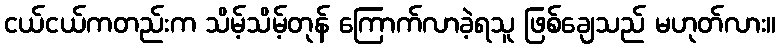
ငယ်ငယ်ကတည်းက သိမ့်သိမ့်တုန် ကြောက်လာခဲ့ရသူ ဖြစ်ချေသည် မဟုတ်လား။